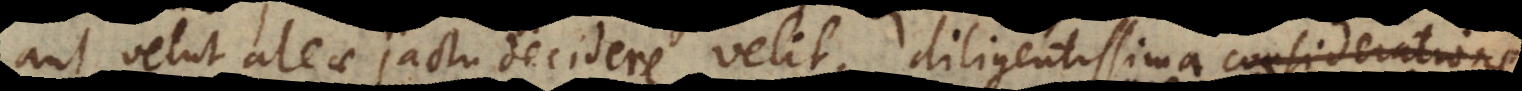
aut velut aleae jactu decidere velit, diligentissima consideratione